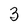
Character: 3